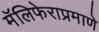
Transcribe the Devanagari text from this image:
मॅलिफेराप्रमाणे